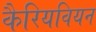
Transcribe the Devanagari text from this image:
कैरियवियन